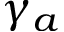
\gamma _ { a }